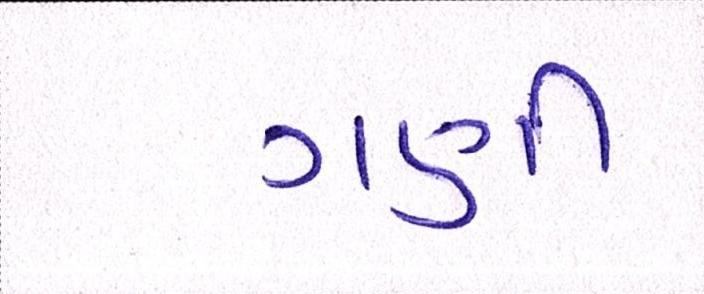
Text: ગણી